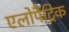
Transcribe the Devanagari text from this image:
एलोपैट्रिक